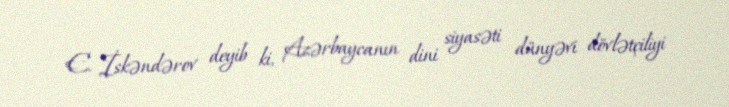
E. İskəndərov deyib ki, Azərbaycanın dini siyasəti dünyəvi dövlətçiliyi